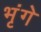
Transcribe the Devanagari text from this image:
भृंगे